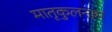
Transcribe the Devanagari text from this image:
मातृकुलनाम